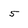
Character: 5